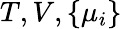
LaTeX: T,V,\{ \mu_{i}\}